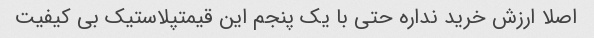
اصلا ارزش خرید نداره حتی با یک پنجم این قیمتپلاستیک بی کیفیت